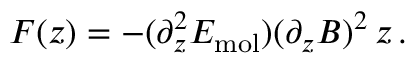
F ( z ) = - ( \partial _ { z } ^ { 2 } E _ { \mathrm { m o l } } ) ( \partial _ { z } B ) ^ { 2 } \, z \, .